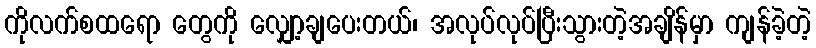
ကိုလက်စထရော တွေကို လျှော့ချပေးတယ်၊ အလုပ်လုပ်ပြီးသွားတဲ့အချိန်မှာ ကျန်ခဲ့တဲ့